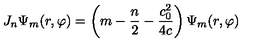
J _ { n } \Psi _ { m } ( r , \varphi ) = \left( m - \frac n 2 - \frac { c _ { 0 } ^ { 2 } } { 4 c } \right) \Psi _ { m } ( r , \varphi )